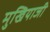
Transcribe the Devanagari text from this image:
मुखियाजी